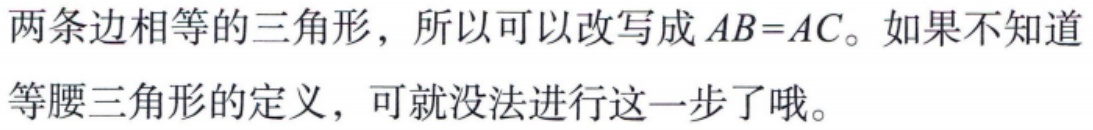
两条边相等的三角形，所以可以改写成 \(AB = AC\)。如果不知道等腰三角形的定义，可就没法进行这一步了哦。